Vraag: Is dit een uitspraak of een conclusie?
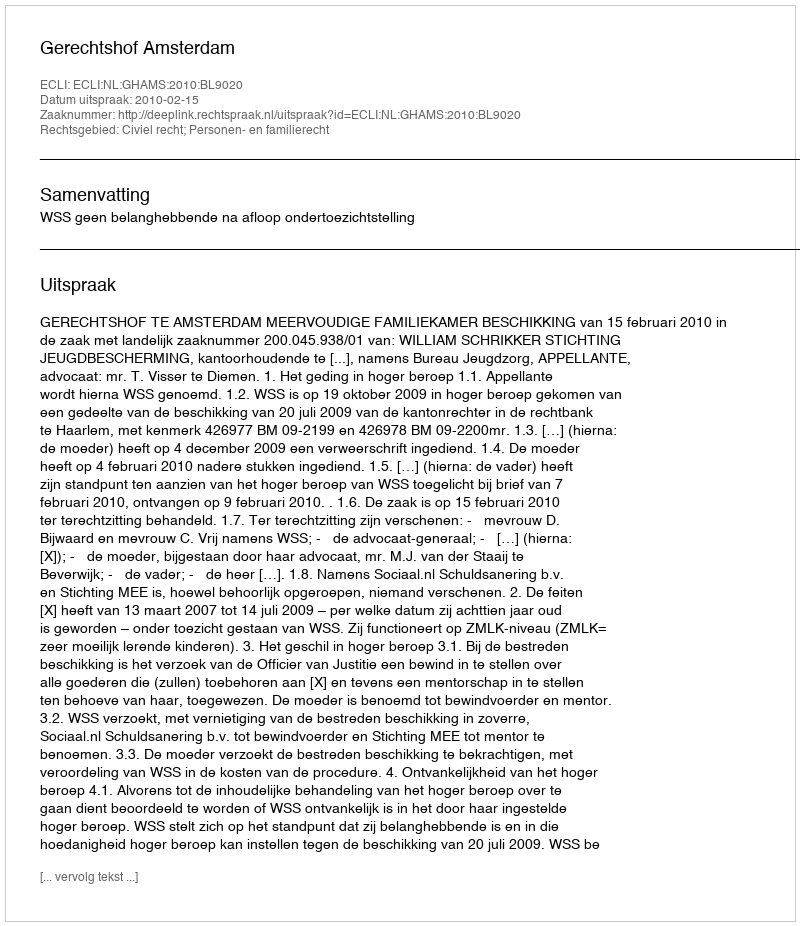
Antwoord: Uitspraak